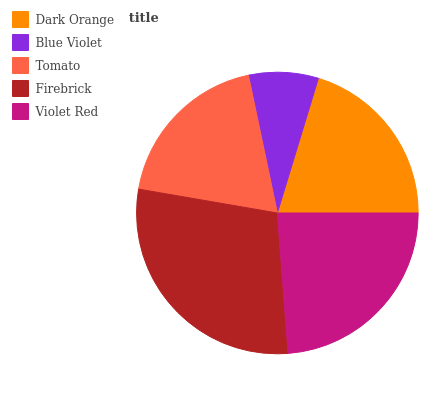
| Dark Orange | Blue Violet | Tomato | Firebrick | Violet Red |
 | --- | --- | --- | --- | --- |
 | 20.4% | 7.99% | 18.9% | 29% | 23.7% |